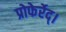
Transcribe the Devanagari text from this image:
प्रोफेर्रेद्।